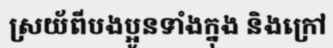
ស្រយ័ពីបងប្អូនទាំងក្នុង និងក្រៅ